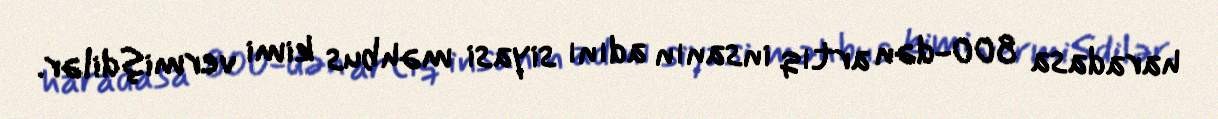
haradasa 800-dən artıq insanın adını siyasi məhbus kimi vermişdilər.